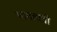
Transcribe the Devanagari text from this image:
भागवावी